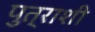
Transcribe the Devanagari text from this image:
पुत्राशी